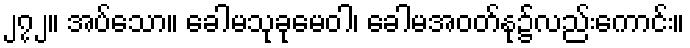
၂၇၂။ အပ်သော။ ခေါမသုခုမေဝါ၊ ခေါမအဝတ်နု၌လည်းကောင်း။